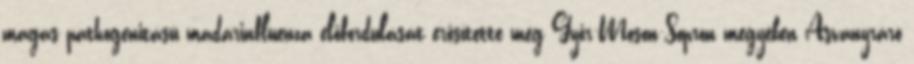
magas pathogenitású madárinfluenza előfordulását erősítette meg Győr-Moson-Sopron megyében Ásványráró